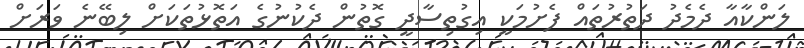
ލަންކާއާ ދެމެދު ދަތުރުތައް ފެށުމަކީ އިގުތިސާދީ ގޮތުން ދެކުނުގެ އަތޮޅުތަކަށް ލިބޭނެ ވަރަށް